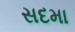
સદમા